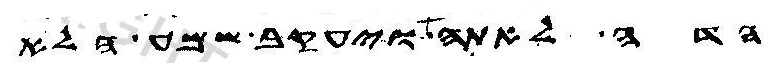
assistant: הדה לאתה ויעקב שמע הלא